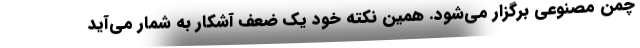
چمن مصنوعی برگزار می‌شود. همین نکته خود یک ضعف آشکار به شمار می‌آید